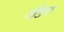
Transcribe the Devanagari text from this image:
गाँङग